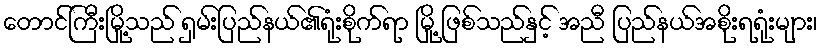
တောင်ကြီးမြို့သည် ရှမ်းပြည်နယ်၏ရုံးစိုက်ရာ မြို့ ဖြစ်သည်နှင့် အညီ ပြည်နယ်အစိုးရရုံးများ၊